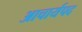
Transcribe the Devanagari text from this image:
आचार्यपद